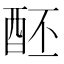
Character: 𨠙